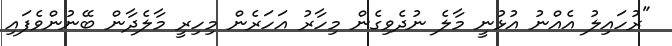
"ރުހައިލު އެއްނު އުޅުނީ މާލެ ނުދެވިގެން މިހާރު އަހަރެން މިހިރީ މާލެދާން ބޭނުންވެފައި